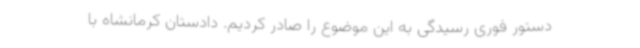
دستور فوری رسیدگی به این موضوع را صادر کردیم. دادستان کرمانشاه با